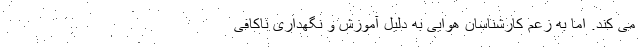
می کند. اما به زعم کارشناسان هوایی به دلیل آموزش و نگهداری ناکافی